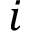
i